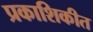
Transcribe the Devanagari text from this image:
प्रकाशिकीत